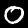
Label: 0